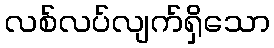
လစ်လပ်လျက်ရှိသော